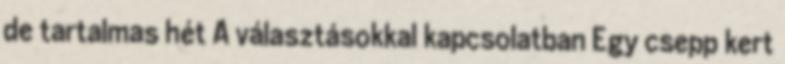
de tartalmas hét A választásokkal kapcsolatban Egy csepp kert